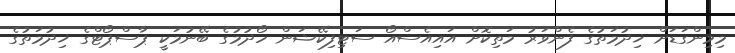
މިމިންގަޑަށް ޚިދުމަތުގެ ފެންވަރު މަތިކޮށް އައިއެސްއޯ ސަޓިފިކޭޝަން ހޯދުމުގެ ބޭނުމަކީ ޕާސްޕޯޓްގެ ޚިދުމަތުގެ